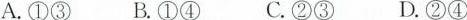
A.①③B.①④ C.②③ D.②④